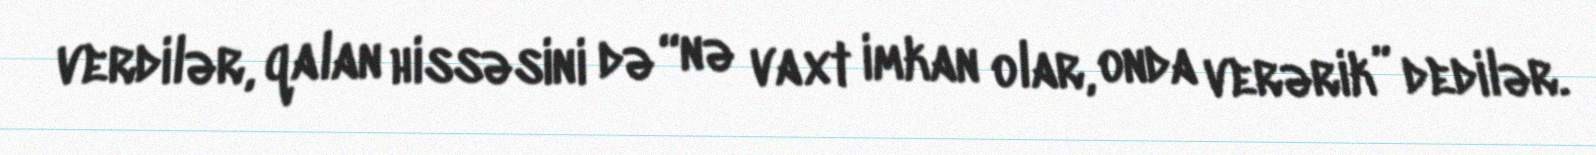
verdilər, qalan hissəsini də “nə vaxt imkan olar, onda verərik” dedilər.